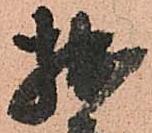
拙